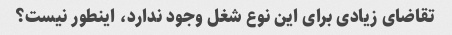
تقاضای زیادی برای این نوع شغل وجود ندارد، اینطور نیست؟